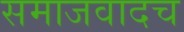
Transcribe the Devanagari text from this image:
समाजवादच